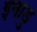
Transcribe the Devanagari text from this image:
इनाडु